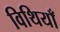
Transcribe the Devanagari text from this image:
विथियाँ